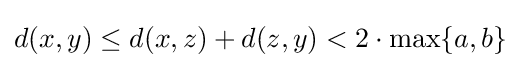
d(x,y)\leq d(x,z)+d(z,y)<2\cdot \max\{a,b\}